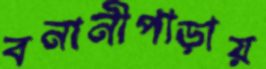
বনানীপাড়ায়